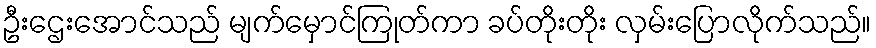
ဦးဌေးအောင်သည် မျက်မှောင်ကြုတ်ကာ ခပ်တိုးတိုး လှမ်းပြောလိုက်သည်။